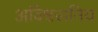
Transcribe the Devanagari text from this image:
अविश्वसनिय